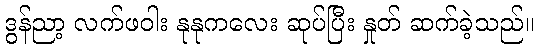
ဒွန်ညာ့ လက်ဖဝါး နုနုကလေး ဆုပ်ပြီး နှုတ် ဆက်ခဲ့သည်။